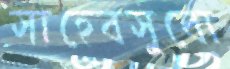
সাহেবসুবো